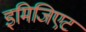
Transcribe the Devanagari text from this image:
इमिजिएट